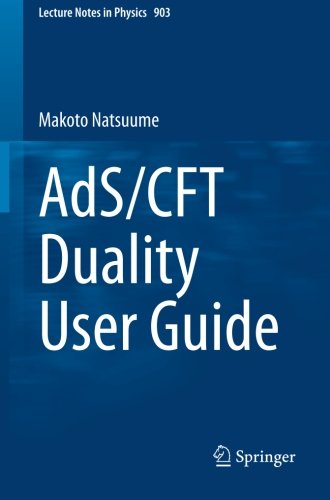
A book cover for AdS/CFT Duality User Guide (Lecture Notes in Physics); Makoto Natsuume; Science & Math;